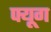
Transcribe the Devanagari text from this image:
फ्यूग